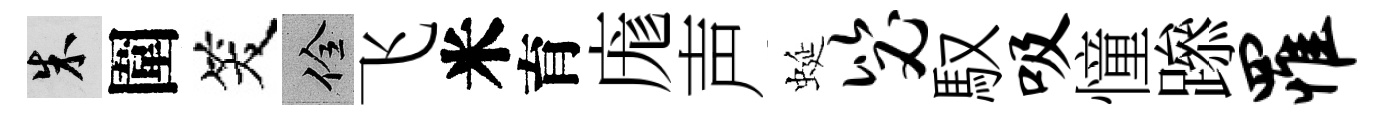
朱圍笑佺飞米育庬声蜒毖馭吸憧𨅶罹